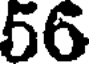
56